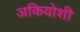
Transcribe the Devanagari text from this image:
अकियोशी